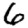
Digit: 6